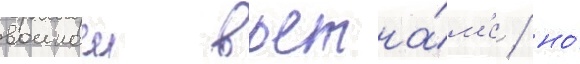
воинои вьетна́м'е / но́